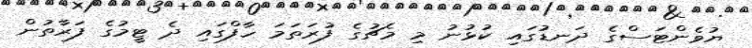
ޔުވެންޓަސްގެ ދަނޑުގައި ކުޅުނު މި މެޗުގެ ފުރަތަމަ ހާފްގައި ދެ ޓީމުގެ ފަރާތުން